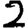
Digit: 2